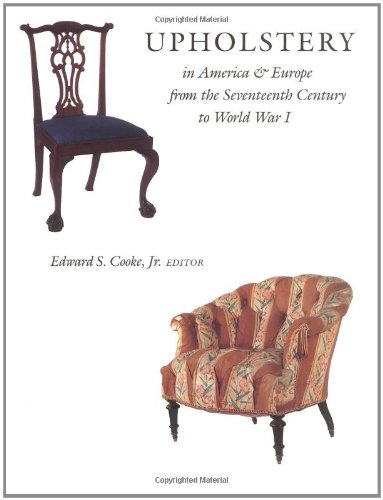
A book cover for Upholstery in America and Europe from the Seventeenth Century to World War I; Arts & Photography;